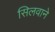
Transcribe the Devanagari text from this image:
सिलवाने